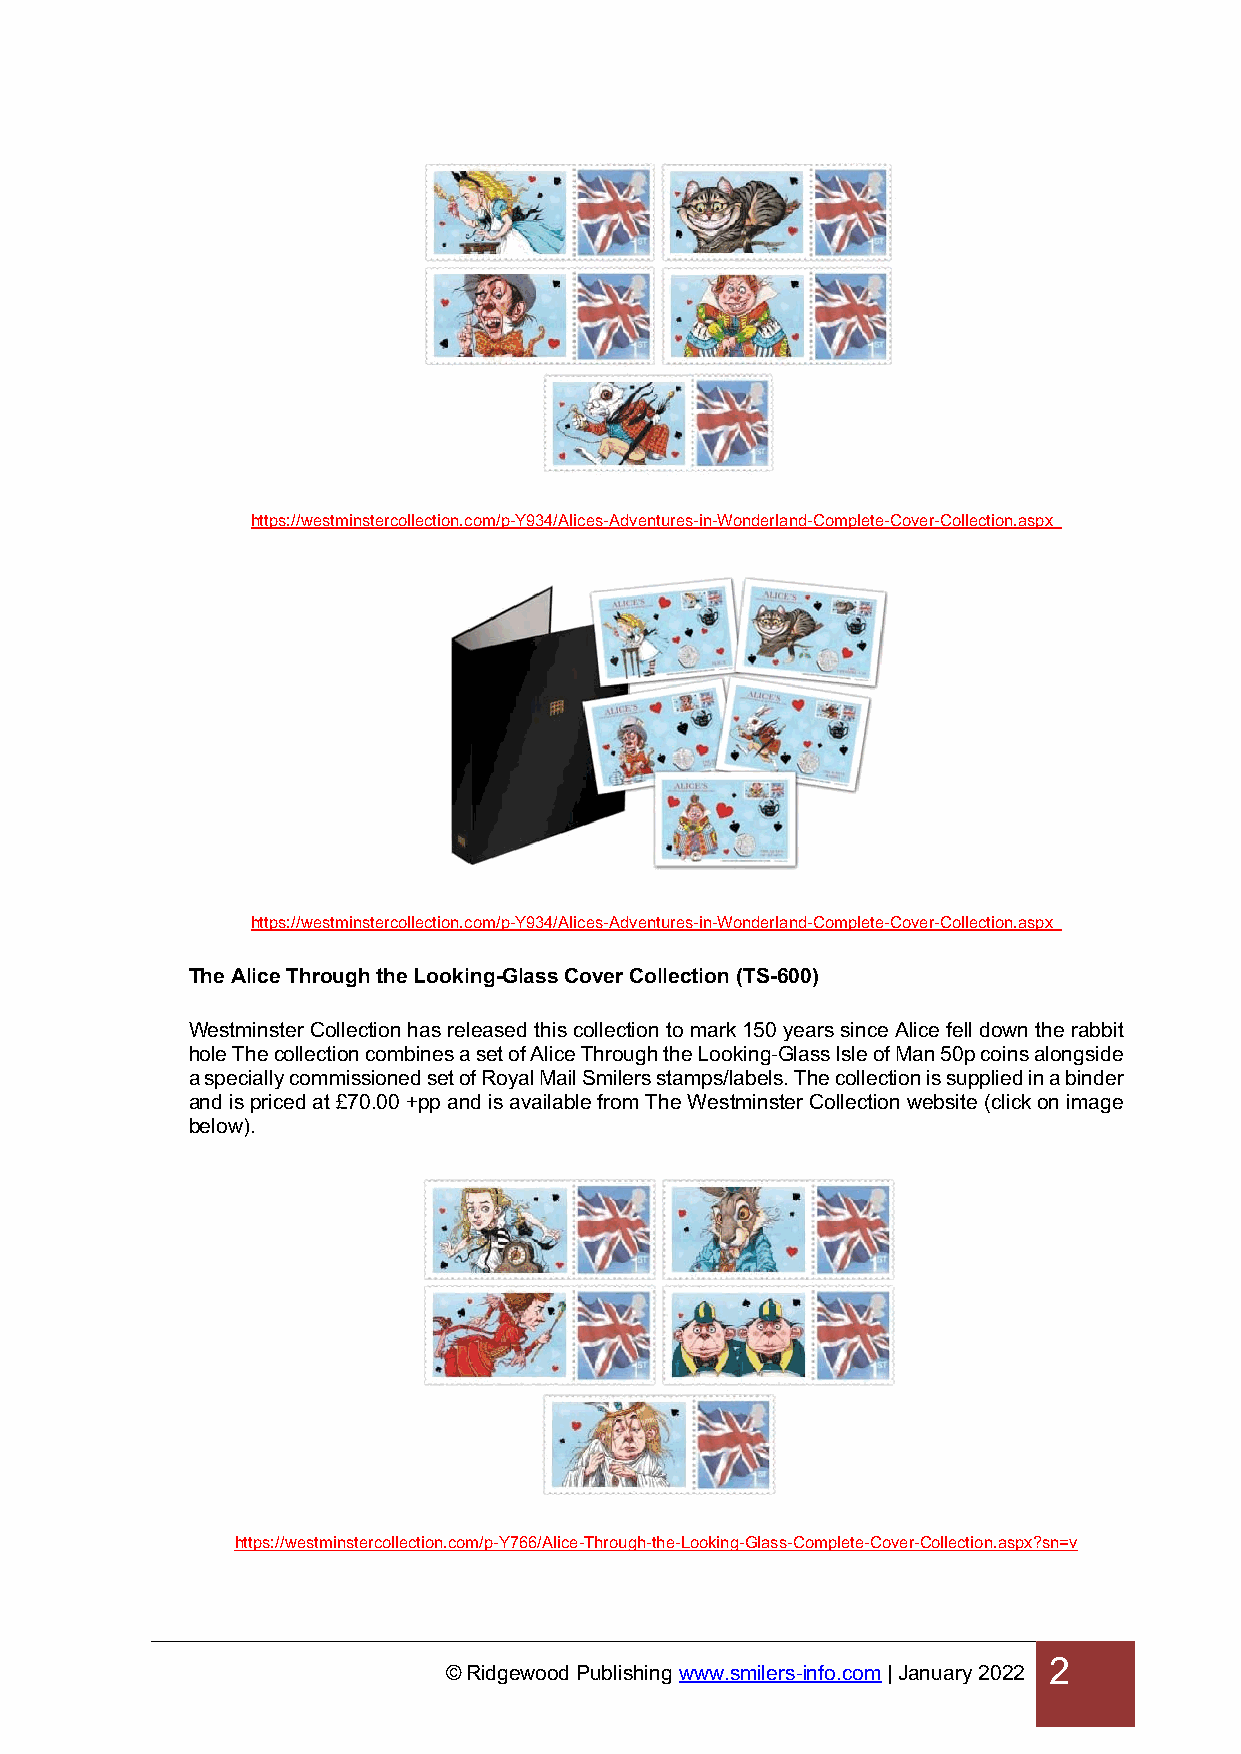
https://westminstercollection.com/p-Y934/Alices-Adventures-in-Wonderland-Complete-Cover-Collection.aspx
 https://westminstercollection.com/p-Y934/Alices-Adventures-in-Wonderland-Complete-Cover-Collection.aspx
 The Alice Through the Looking-Glass Cover Collection (TS-600)
 Westminster Collection has released this collection to mark 150 years since Alice fell down the rabbit
 hole The collection combines a set of Alice Through the Looking-Glass Isle of Man 50p coins alongside
 a specially commissioned set of Royal Mail Smilers stamps/labels. The collection is supplied in a binder
 and is priced at £70.00 +pp and is available from The Westminster Collection website (click on image
 below).
 https://westminstercollection.com/p-Y766/Alice-Through-the-Looking-Glass-Complete-Cover-Collection.aspx?sn=v
 2
 © Ridgewood Publishing www.smilers-info.com | January 2022